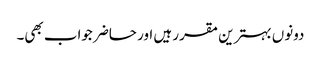
دونوں بہترین مقرر ہیں اور حاضر جواب بھی۔